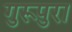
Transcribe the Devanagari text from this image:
गुरूपुरा